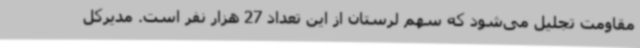
مقاومت تجلیل می‌شود که سهم لرستان از این تعداد 27 هزار نفر است. مدیرکل